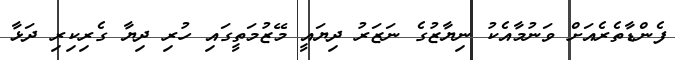
ފެންޑާތެރެއަށް ވަނުމާއެކު ނިޔާޒުގެ ނަޒަރު ދިޔައީ މޭޒުމަތީގައި ހުރި ދިޔާ ގެރިކިރި ދަޅާ